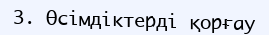
3. Өсімдіктерді қорғау